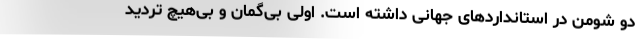
دو شومن در استانداردهای جهانی داشته است. اولی بی‌گمان و بی‌هیچ تردید